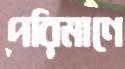
পরিমাণে